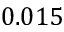
0 . 0 1 5